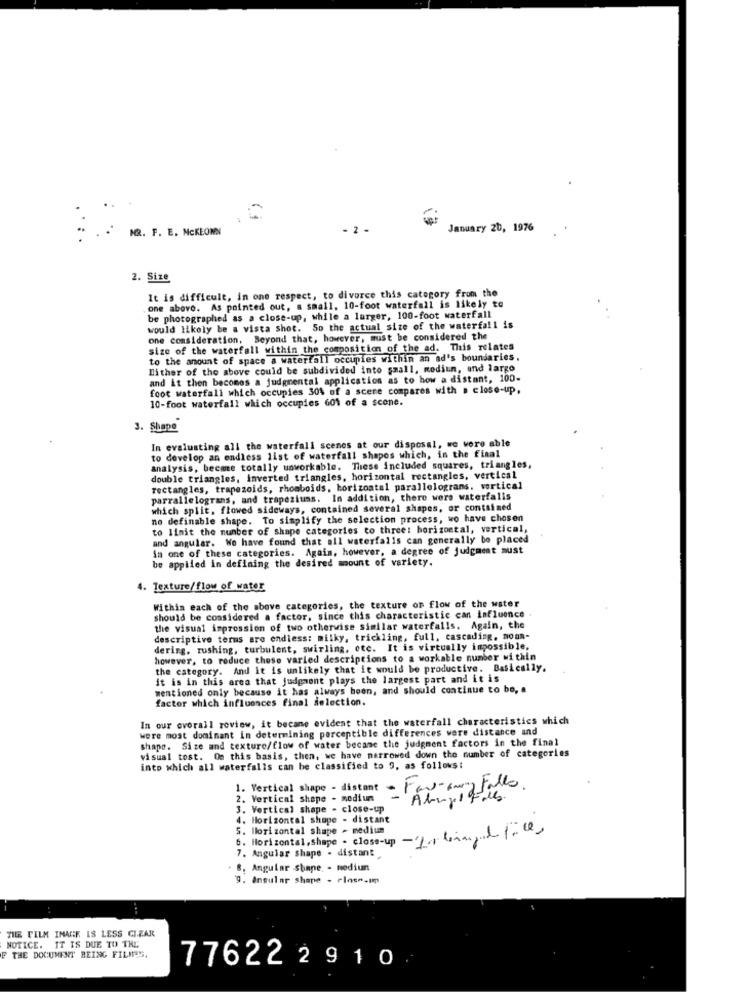
MR. F. E. MCKEOWN
January 20, 1976
2. Size
It is difficult, in one respect, to divorce this category from the
one above. As pointed out, a small, 10-foot waterfall is likely to
be photographed as a close-up, while a larger, 100-foot waterfall
would likely be a vista shot. So the actual size of the waterfall is
one consideration. Beyond that, however, must be considered the
size of the waterfall within the composition of the ad. This relates
to the amount of space a waterfall occupies within an ad's boundaries.
Either of the above could be subdivided into small, modiun, and largo
and it then becomes a judgmental application as to how a distant, 100-
foot waterfall which occupies 30% of a scene compares with . close-up,
10-foot waterfall which occupies 601 of a scone.
3. Shape
In evaluating all the waterfall scenes at our disposal, we were able
to develop an endless list of waterfall shapes which, in the final
analysis, beeme totally unworkable. These included squares, triangles,
double triangles, inverted triangles, horizontal rectangles, vertical
rectangles, trapezoids, rhomboids, horizontal parallelograms. vertical
parrallelograns, and trapeziums. In addition, there were waterfalls
which split, flowed sideways, contained several shapes, or contained
no definable shape. To simplify the selection process, wo have chosen
to limit the number of shape categories to three: horizontal, vertical,
and angular. We have found that all waterfalls can generally be placed
in one of these categories. Again, however, a degree of judgment must
be applied in defining the desired amount of variety.
4. Texture/flow of water
Within each of the above categories, the texture on flow of the water
should be considered a factor, since this characteristic can influence
the visual impression of two otherwise similar waterfalls. Again, the
descriptive terms are endless: milky, trickling, full, cascading, moon-
dering. rushing, turbulent, swirling, etc. It is virtually impossible,
however, to reduce these varled descriptions to a workable number within
the category. And It is unlikely that it would be productive. Basically.
it is in this area that judgment plays the largest part and it is
mentioned only because it has always been, and should continue to be, a
factor which influences final selection.
In our overall review, it became evident that the waterfall characteristics which
were most dominant in determining perceptible differences were distance and
shape. Size and texture/flow of water became the judgment factors in the final
visual tost. On this basis, then, we have narrowed down the number of categories
into which all waterfalls can be classified to 9, as follows:
1. Vertical shape - distant
- For-amy Falls.
2. Vertical shape - medium
- Abuje Falls
3. Vertical shape - close-up
4. Horizontal shape - distant
5. Horizontal shape - medium
6. Horizontal, shape - close-up -/-1 tora, l fc
7. Angular shape - distant
8. Angular Shape - mediun
9. angular shape - close-mm
TIL FILM INANIE LS LESS CIZAR
NOTICE. IT IS DUE TO THE
F THE DOCUMENT BEING FILMES.
776222910